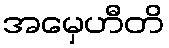
အမှေဟီတိ